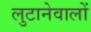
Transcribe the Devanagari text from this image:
लुटानेवालों